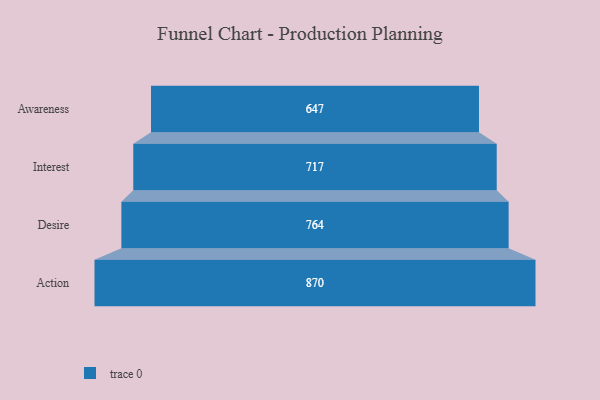
{"axis": {"x": "Stage", "y": "Value"}, "legend": [""], "data": [{"x": "Awareness", "y": 647.0, "type": ""}, {"x": "Interest", "y": 717.0, "type": ""}, {"x": "Desire", "y": 764.0, "type": ""}, {"x": "Action", "y": 870.0, "type": ""}]}